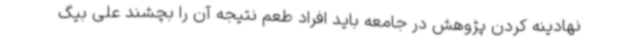
نهادینه کردن پژوهش در جامعه باید افراد طعم نتیجه آن را بچشند علی بیگ